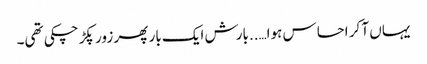
یہاں آ کر احساس ہوا…..بارش ایک بار پھر زور پکڑ چکی تھی۔